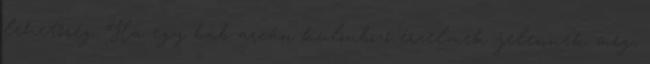
lehetőség. Ha egy báb arcán különböző érzelmek jelennek meg,